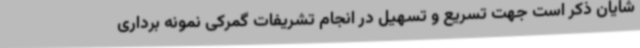
شایان ذکر است جهت تسریع و تسهیل در انجام تشریفات گمرکی نمونه برداری